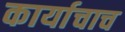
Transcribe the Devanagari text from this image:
कार्याचाच